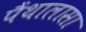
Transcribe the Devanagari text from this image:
पैंथालासा